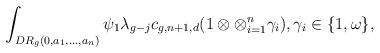
LaTeX: \begin{align*}\int_{DR_g(0,a_1,\ldots,a_n)}\psi_1\lambda_{g-j} c_{g,n+1,d}(1\otimes\otimes_{i=1}^n\gamma_i),\gamma_i\in\{1,\omega\},\end{align*}